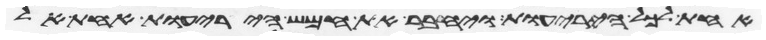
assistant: אחת לכל היריעות ויחבר את חמש היריעות אחת אל